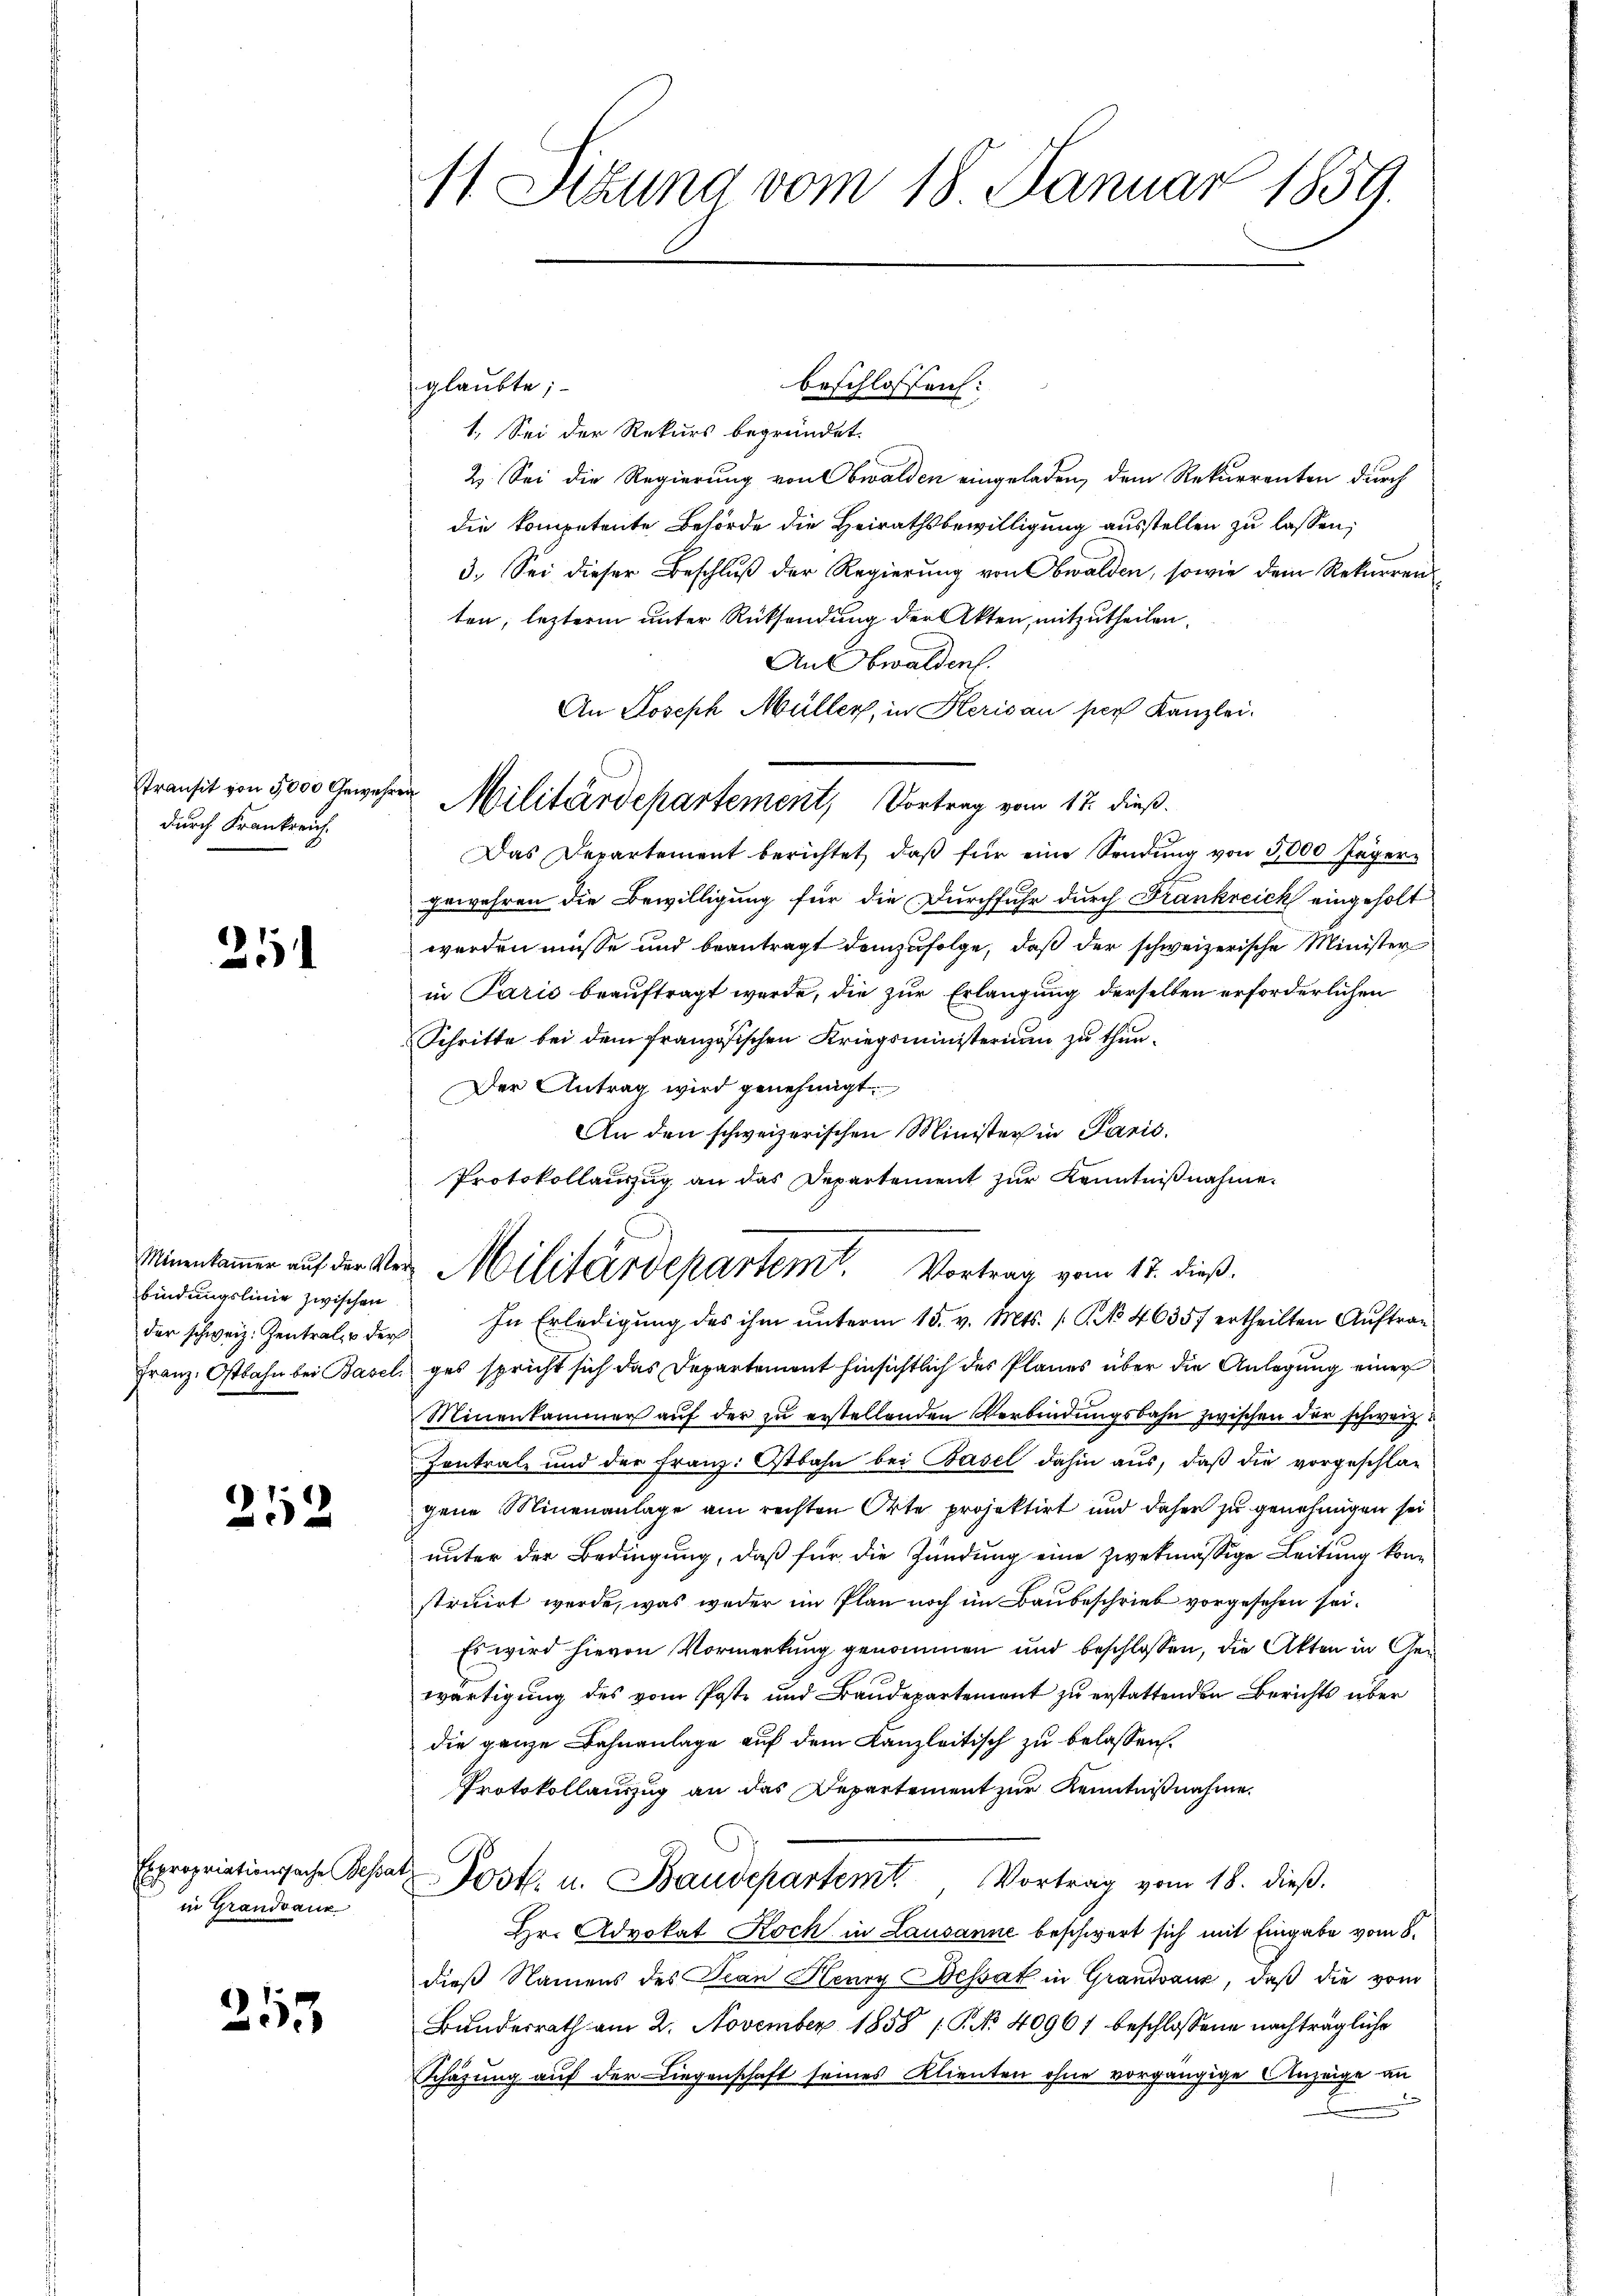
Transit von 3000 Gewehr
durch Frankreich.

21

bindungslinie zwischen
Franz. Ostbahn bei Basel.

252

in Grandvauk

253

11. Sitzung vom 18. Januar 1859.

glaubte;-
1. Sei der Rekurs begründet.
2. Sei die Regierung von Obwalden eingeladen, dem Rekurrenten durch
die kompetente Behörde die Heirathsbewilligung ausstellen zu lassen;
3. Sei dieser Beschlŭβ der Regierŭng von Obwalden, sowie dem Rekurren
ten, letzterm unter Rücksendung der Akten, mitzutheilen.
An Obwalden.
An Joseph Müller, in Herisau per Kanzlei.
e
Das Departement berichtet, daß für eine Sendung von 5,000 Jägergewehren die Bewilligung für die Durchfuhr durch Frankreich eingeholt
werden müsse und beantragt demzufolge, daß der schweizerische Minister
in Paris beauftragt werde, die zur Erlangung derselben erforderlichen
Schritte bei dem französischen Kriegsministerium zu thun.
Der Antrag wird genehmigt.
An den schweizerischen Minister in Paris.
der schweiz. Zentral, u der In Erledigŭng des ihm ŭnterm 15. v. Mts. (T. 46357 ertheilten Aŭftrag
ges spricht sich das Departement hinsichtlich des Planes über die Anlegung einer
Minenkammer aŭf der zŭ erstellenden Verbindŭngsbahn zwischen der schweiz
Contrale und der Franz. Ostbahn bei Basel dahin aus, daß die vorgeschlagene Minenanlage am rechten Orte projektirt und daher zu genehmigen sei
unter der Bedingung, daß für die Zündung eine zwekmässige Leitung konstruirt werde, was weder im Plan noch im Baubeschrieb vorgesehen sei.
Es wird hievon Vormerkung genommen und beschlossen, die Akten in Gewärtigung des vom Poste und Baudepartement zu erstattenden Berichts über
die ganze Bahnanlage auf dem Kanzleitisch zu belassen.
Protokollauszug an das Departement zur Kenntnißnahme.
Expropriationssache Besat Post. u. Baudepartemt, Vortrag vom 18. dieβ.
Hr. Advokat Koch in Lausanne beschwert sich mit Eingabe vom 8.
dieß Namens des Jean Henry Dessak in Grandvanz, daß die vom
Bundesrath am 2. November 1858 / P. No 40961 beschlossene nachträgliche
Schazung auf der Liegenschaft seines Klienten ohne vorgängige Anzeige an

Militärdepartement, Vortrag vom 17. dieß.

Protokollauszug an das Departement zur Kenntnißnahme.
Minenkammer auf der der Militärdepartem Vortrag vom 17. dieß.

beschlossen: